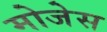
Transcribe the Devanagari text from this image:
मोजेस